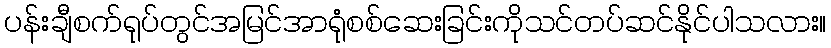
ပန်းချီစက်ရုပ်တွင်အမြင်အာရုံစစ်ဆေးခြင်းကိုသင်တပ်ဆင်နိုင်ပါသလား။